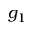
g _ { 1 }